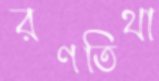
রণতিথা